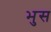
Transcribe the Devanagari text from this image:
भुस